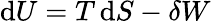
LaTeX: \mathrm{d}U=T\, \mathrm{d}S-\delta W